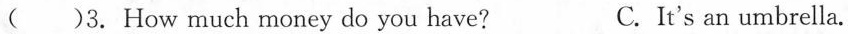
( )3. How much money do you have? C.It's an umbrella.